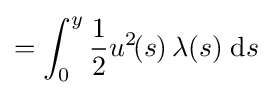
=\int _{0}^{y}{\frac {1}{2}}u^{2}\!(s)\,\lambda (s)\;\mathrm {d} s